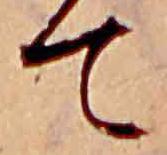
て